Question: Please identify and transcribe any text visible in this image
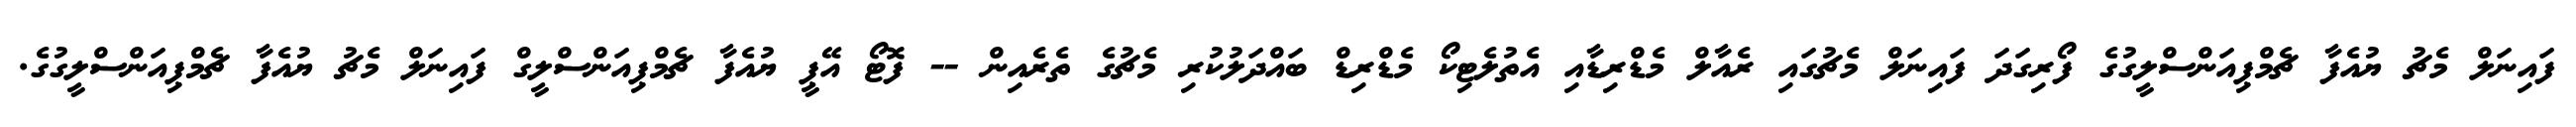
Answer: ފައިނަލް މެޗު ޔުއެފާ ޗެމްޕިއަންސްލީގުގެ ފޯރިގަދަ ފައިނަލް މެޗުގައި ރެއާލް މެޑްރިޑާއި އެތުލެޓިކޯ މެޑްރިޑް ބައްދަލުކުރި މެޗުގެ ތެރެއިން -- ފޮޓޯ އޭޕީ ޔުއެފާ ޗެމްޕިއަންސްލީގް ފައިނަލް މެޗު ޔުއެފާ ޗެމްޕިއަންސްލީގުގެ.